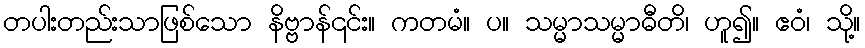
တပါးတည်းသာဖြစ်သော နိဗ္ဗာန်၎င်း။ ကတမံ။ ပ။ သမ္မာသမ္မာဓီတိ၊ ဟူ၍။ ဧဝံ၊ သို့။